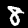
Digit: 8